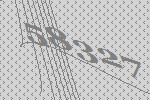
58327